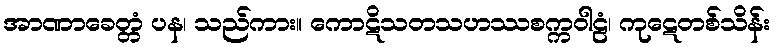
အာဏာခေတ္တံ ပန၊ သည်ကား။ ကောဋိသတသဟဿစက္ကဝါဠံ၊ ကုဋေတစ်သိန်း